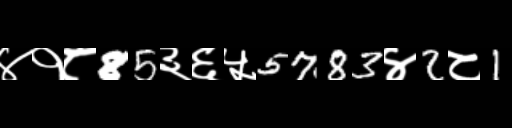
Text: ४१८85३६५5783४2८1